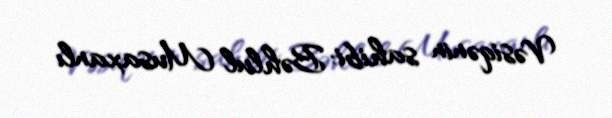
Vəsiqənin sahibi: Bəhlul Musaxanlı